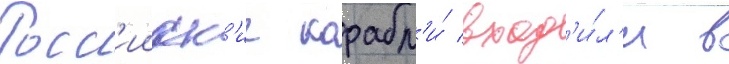
Росс'ииск'ие корабл'и́ вход'и́л'и в